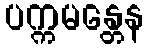
ပက္ကမန္တေန